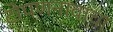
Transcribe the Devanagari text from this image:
टोपणनावाचा